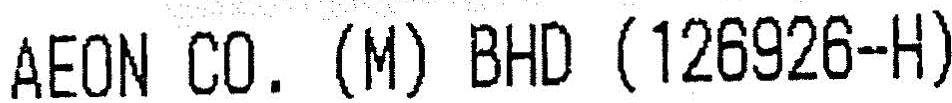
AEON CO. (M) BHD (126926-H)